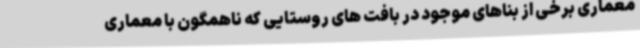
معماری برخی از بناهای موجود در بافت های روستایی که ناهمگون با معماری